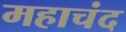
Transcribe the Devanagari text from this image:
महाचंद